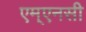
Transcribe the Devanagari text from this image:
एम्एनसी